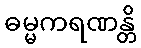
ဓမ္မကရဏန္တိ